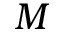
M